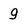
Character: g